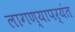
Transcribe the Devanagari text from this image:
लागण्यापर्यंत